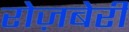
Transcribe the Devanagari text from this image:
रोज़बेरी